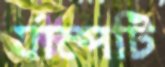
র‍্যাম্পটি